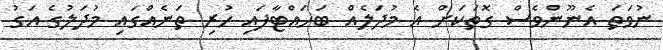
ނުވަތަ އެނޫންވެސް ގޮތަކަށް އެ މުދަލެއް ބަހައްޓާފައި ހުރި ތަނެއްގައި މުދަލުގެ އަގު